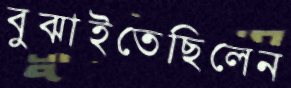
বুঝাইতেছিলেন